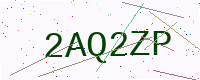
Text: 2AQ2ZP